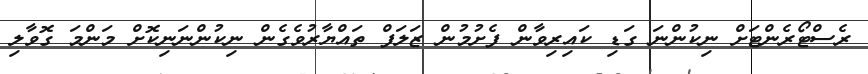
ރެސްޓޯރެންޓަށް ނިކުންނަ ގަޑި ކައިރިވާން ފެށުމުން ޒަލަފް ތައްޔާރުވެގެން ނިކުންނަނިކޮށް މަންމަ ގޮވާލި